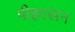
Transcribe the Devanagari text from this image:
पीहरसन